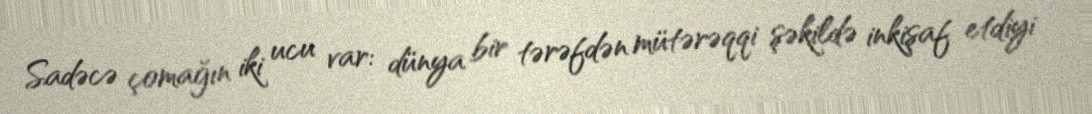
Sadəcə çomağın iki ucu var: dünya bir tərəfdən mütərəqqi şəkildə inkişaf etdiyi